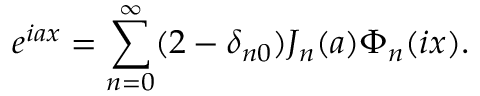
e ^ { i a x } = \sum _ { n = 0 } ^ { \infty } ( 2 - \delta _ { n 0 } ) J _ { n } ( a ) \Phi _ { n } ( i x ) .